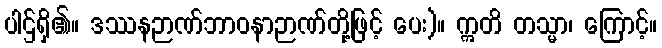
ပါဌ်ရှိ၏။ ဒဿနဉာဏ်ဘာဝနာဉာဏ်တို့ဖြင့် ပေး)။ ဣတိ တသ္မာ၊ ကြောင့်။